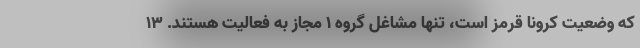
که وضعیت کرونا قرمز است، تنها مشاغل گروه ۱ مجاز به فعالیت هستند. ۱۳